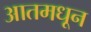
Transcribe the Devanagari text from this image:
आतमधून